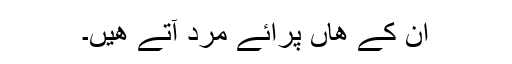
ان کے ھاں پرائے مرد آتے ھیں۔